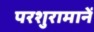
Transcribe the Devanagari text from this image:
परशुरामानें